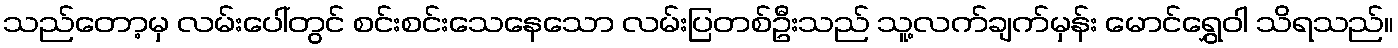
သည်တော့မှ လမ်းပေါ်တွင် စင်းစင်းသေနေသော လမ်းပြတစ်ဦးသည် သူ့လက်ချက်မှန်း မောင်ရွှေဝါ သိရသည်။